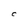
Character: C